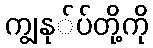
ကျွနု်ပ်တို့ကို